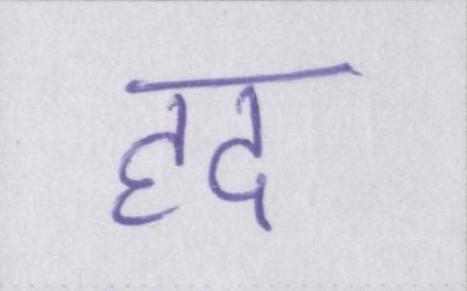
हद